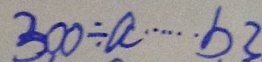
3 0 0 \div a \cdots b 3